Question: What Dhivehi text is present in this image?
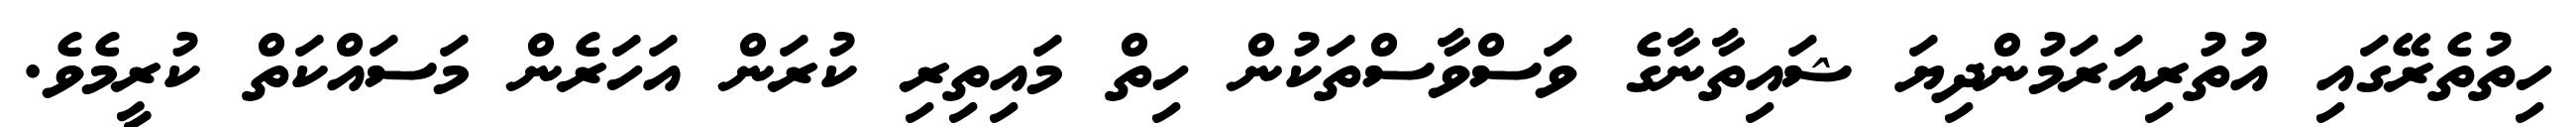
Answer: ހިތުތެރޭގައި އުތުރިއަރަމުންދިޔަ ޝައިތާނާގެ ވަސްވާސްތަކުން ހިތް މައިތިރި ކުރަން އަހަރެން މަސައްކަތް ކުރީމެވެ.